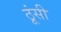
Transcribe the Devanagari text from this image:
ठूंसी